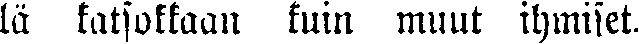
lä katsokkaan kuin muut ihmiset.